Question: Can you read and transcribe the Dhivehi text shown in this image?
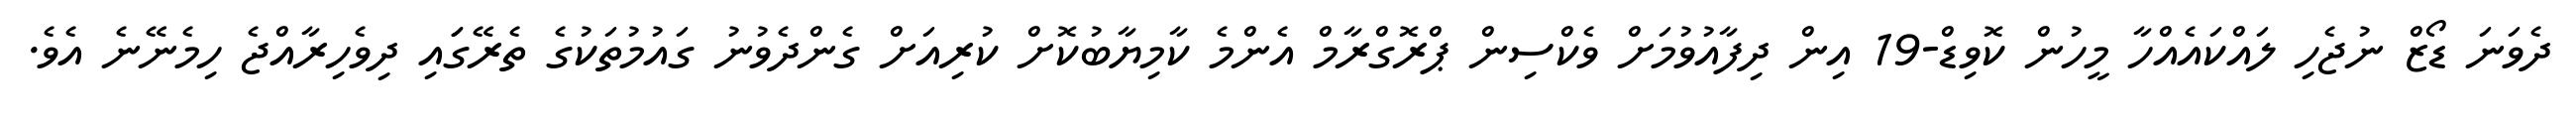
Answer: ދެވަނަ ޑޯޒް ނުޖެހި ލައްކައެއްހާ މީހުން ކޮވިޑް-19 އިން ދިފާއުވުމަށް ވެކްސިން ޕްރޮގްރާމް އެންމެ ކާމިޔާބުކޮށް ކުރިއަށް ގެންދެވުނު ގައުމުތަކުގެ ތެރޭގަައި ދިވެހިރާއްޖެ ހިމެނޭނެ އެވެ.